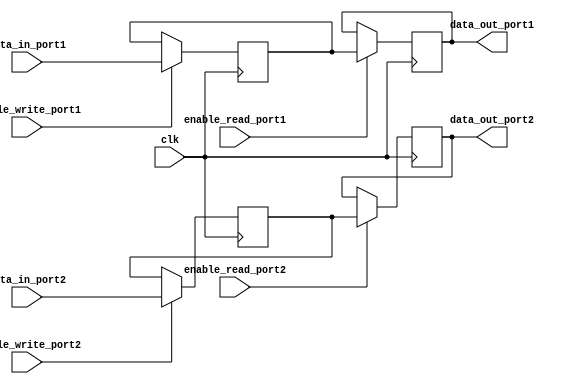
module dual_port_register (
    input wire clk,
    input wire [7:0] data_in_port1,
    input wire enable_write_port1,
    input wire enable_read_port1,
    output reg [7:0] data_out_port1,
    input wire [7:0] data_in_port2,
    input wire enable_write_port2,
    input wire enable_read_port2,
    output reg [7:0] data_out_port2
);

reg [7:0] storage_element1;
reg [7:0] storage_element2;

always @ (posedge clk) begin
    if (enable_write_port1) begin
        storage_element1 <= data_in_port1;
    end
    if (enable_write_port2) begin
        storage_element2 <= data_in_port2;
    end
    if (enable_read_port1) begin
        data_out_port1 <= storage_element1;
    end
    if (enable_read_port2) begin
        data_out_port2 <= storage_element2;
    end
end

endmodule